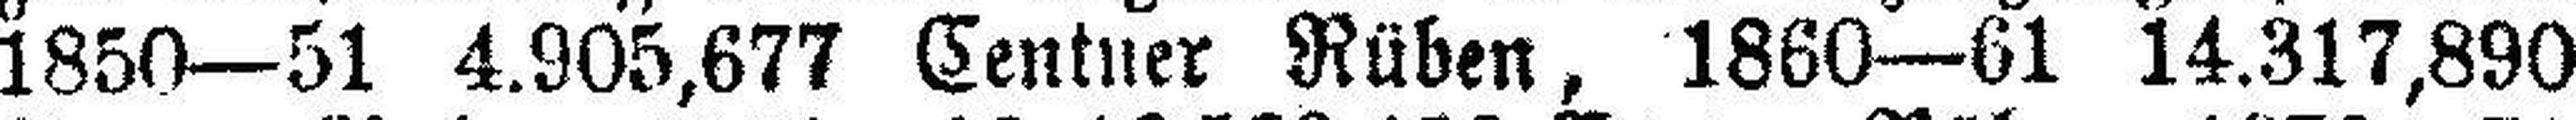
1850—51 4.905,677 Centner Rüben, 1860—61 14.317,890